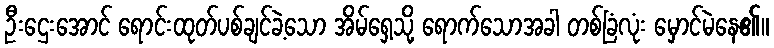
ဦးဌေးအောင် ရောင်းထုတ်ပစ်ချင်ခဲ့သော အိမ်ရှေ့သို့ ရောက်သောအခါ တစ်ခြံလုံး မှောင်မဲနေ၏။